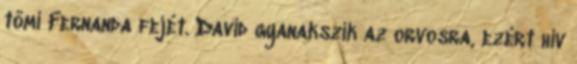
tömi Fernanda fejét. David gyanakszik az orvosra, ezért hív